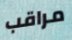
مراقب